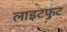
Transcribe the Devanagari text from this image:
लाइटफुट